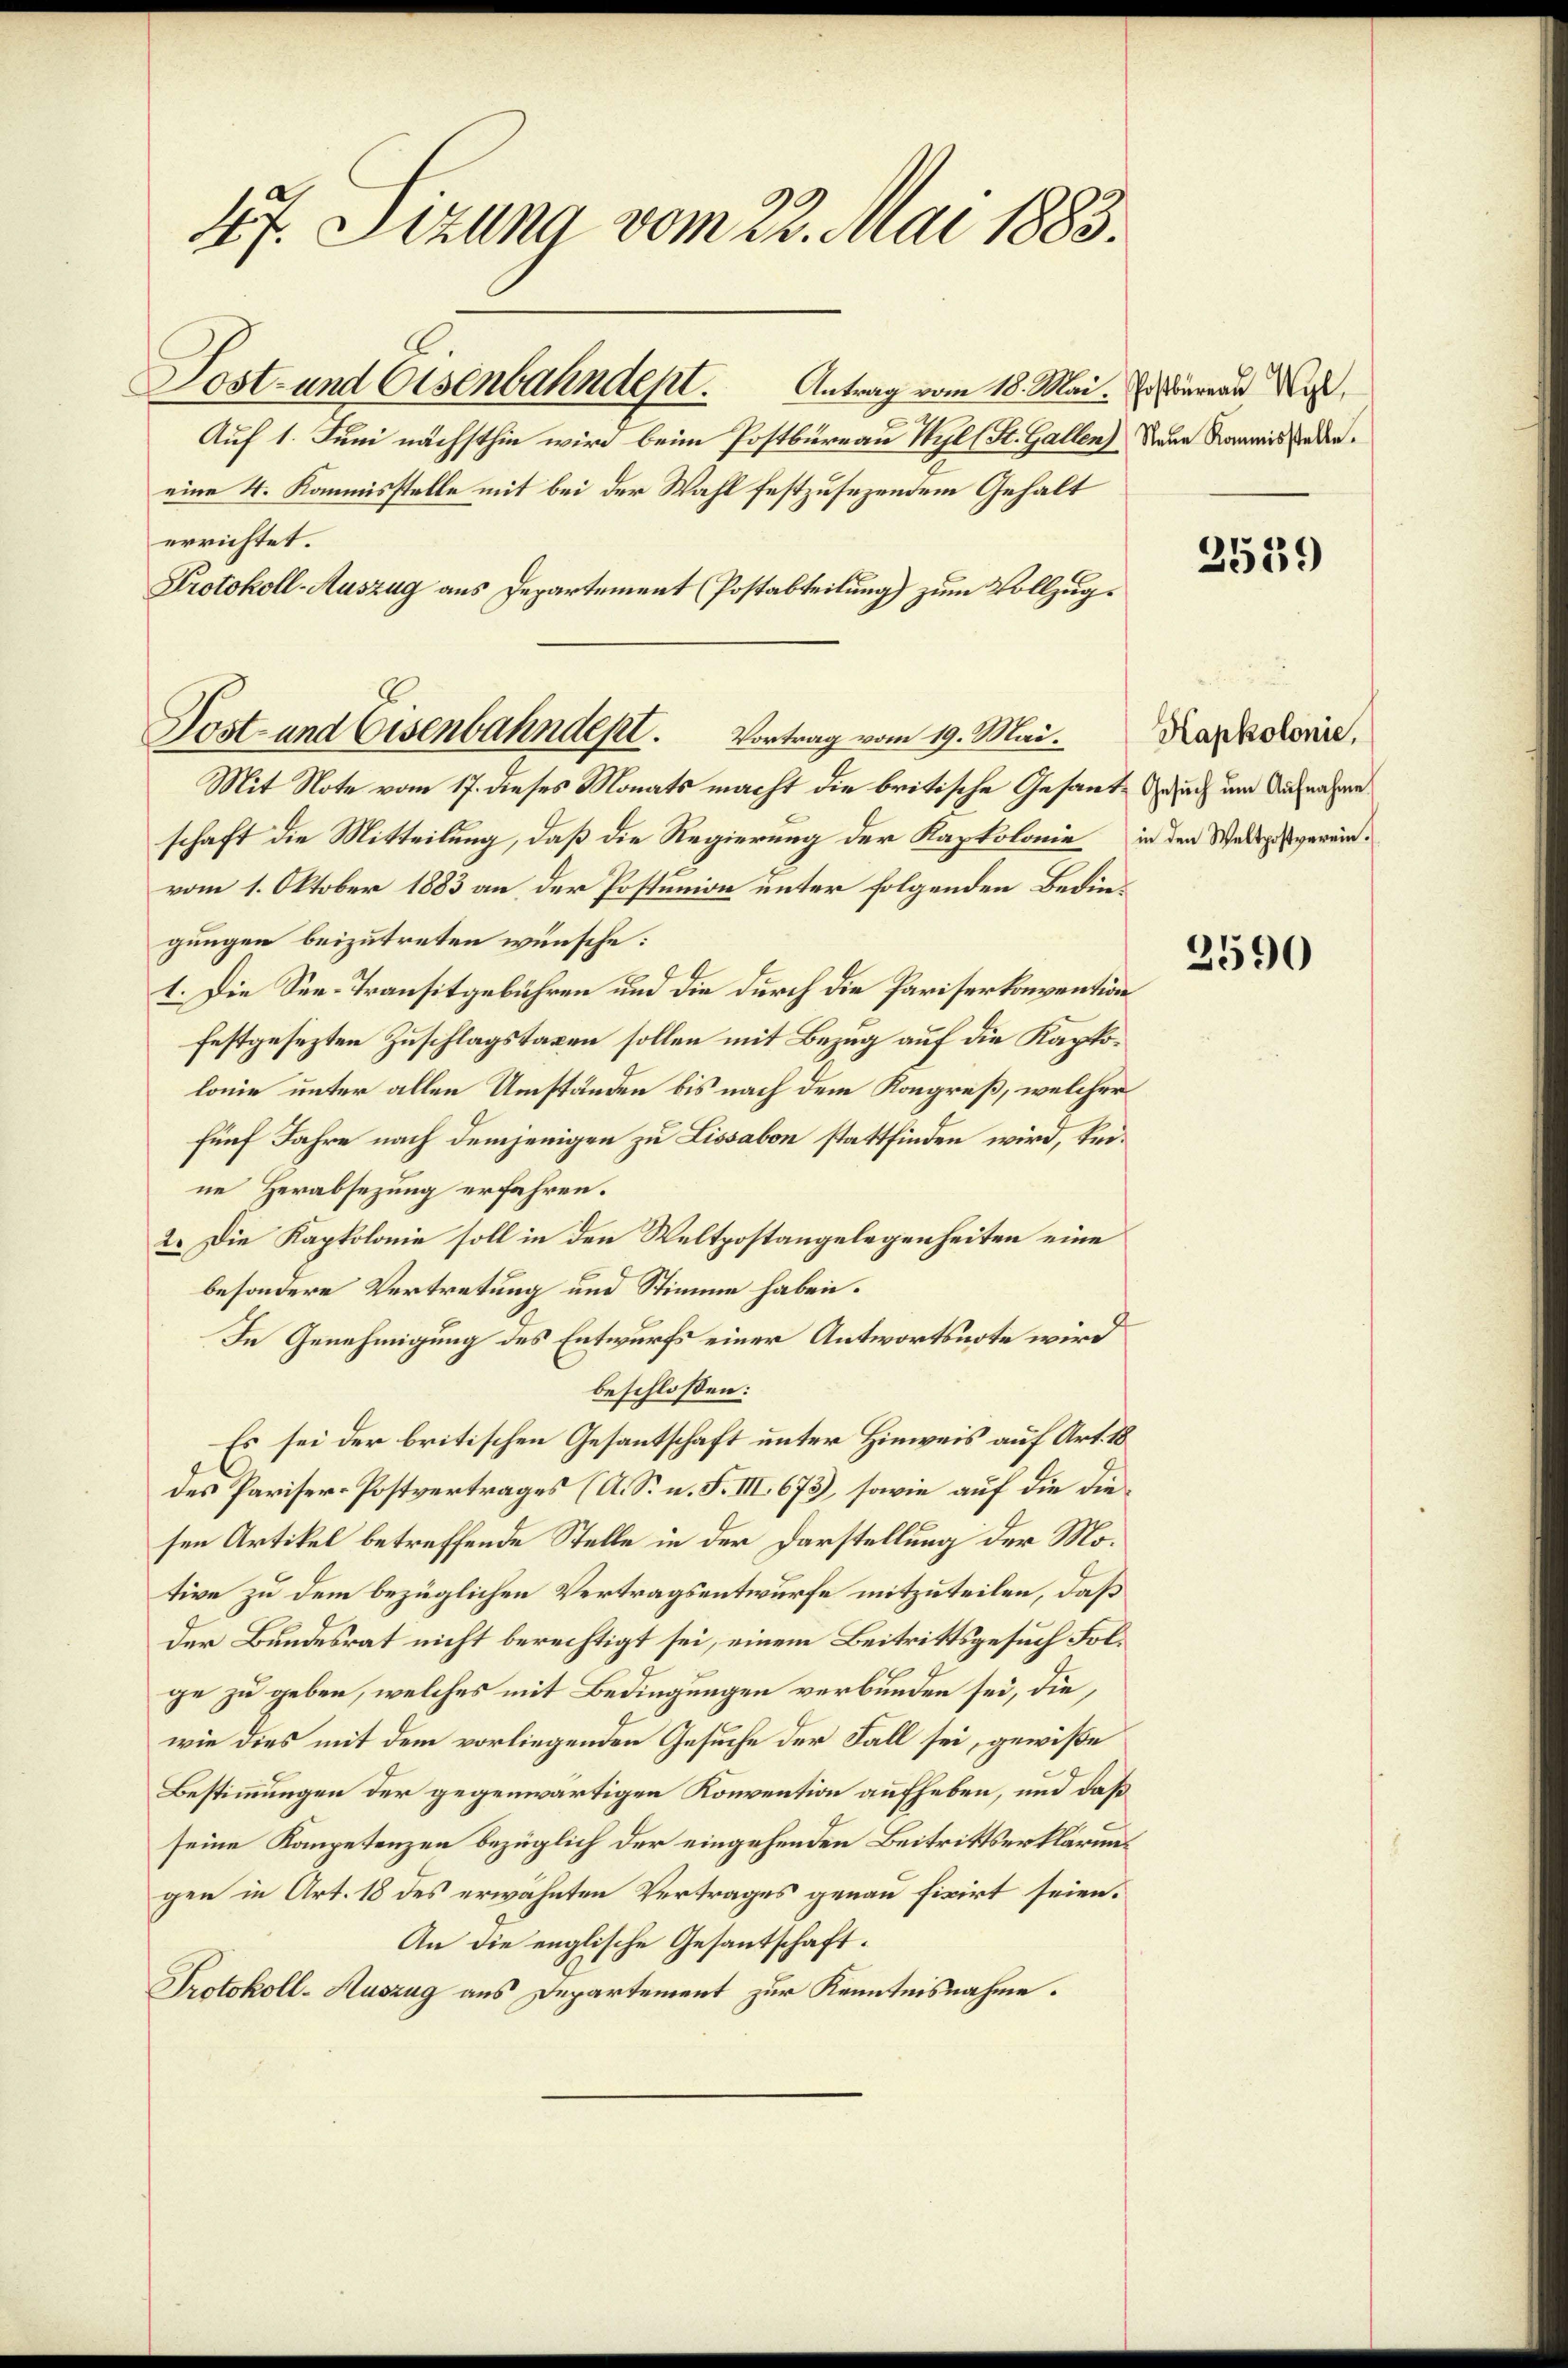
47. Sizung vom 22. Mai 1883.
Sost- und Eisenbahndept. Antrag vom 18. Mai. Er darau W
Auf 1. Juni nächsthin wird beim Postbureau Wil (St. Gallen) Neue Rammissenden.
eine 4. Kommisstelle mit bei der Wahl festzusezenden Gehalt
errichtet.

Mit Note vom 17. dieses Monats macht die britische Gesante Gesuch um Aufnahme
schaft die Mitteilung, daß die Regierung der Kaptolonie
vom 1. Oktober 1883 an der Postunion unter folgenden Bedingungen beizutreten wünsche:
1. Die See-Transitgebühren und die durch die Pariserkonvention
festgesezten Zuschlagstaxen sollen mit Bezug auf die Kaptolonie unter allen Umständen bis nach dem Kongreß, welcher
fünf Jahre nach demjenigen zu Lissabon stattfinden wird, keine Herabsezung erfahren.
2. Die Kaptolonie soll in den Weltpostangelegenheiten eine
besondere Vertretung und Stimme haben.
In Genehmigung des Entwurfs einer Antwortsnote wird
beschlossen:
Es sei der britischen Gesantschaft unter Hinweis auf Art. 18
des Pariser-Postvertrages (A. S. n. F. III 673), sowie auf die die
sen Artikel betreffende Stelle in der Darstellung der Motive zu dem bezüglichen Vertragsentwurfe mitzuteilen, daß
Der Bundesrat nicht berechtigt sei, einem Beitrittsgesuch Folge zu geben, welches mit Bedingungen verbunden sei, die
wie dies mit dem vorliegenden Gesuche der Fall sei, gewiße
Bestimmungen der gegenwärtigen Konvention aufheben, und daß
seine Kompetenzen bezüglich der eingehenden Beitrittserklärungen in Art. 18 des erwähnten Vertrages genau fixirt seien.
An die englische Gesantschaft.
Protokoll-Auszug aus Departement zur Kenntnisnahme.

Protokoll-Auszug aus Departement (Postabteilung) zum Vollzugs
Post- und Eisenbahndept.
Vortrag vom 19. Mai.

2539

Kapkolonie,
in den Weltpostverein.

2590